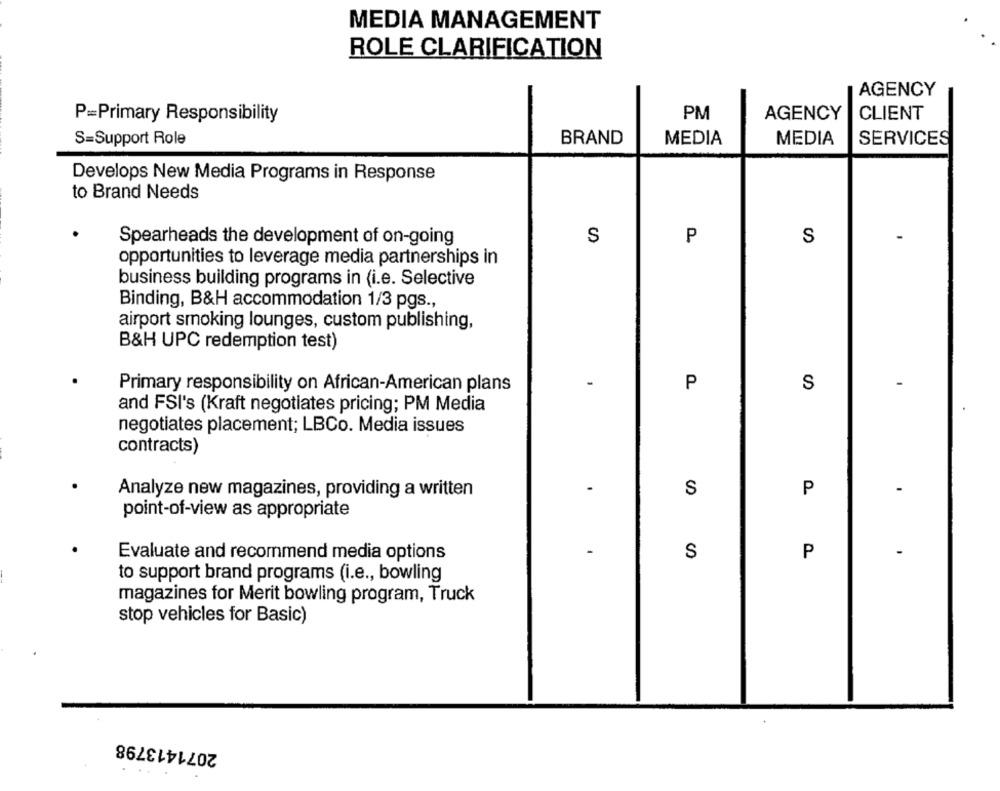
MEDIA MANAGEMENT
ROLE CLARIFICATION
AGENCY
P=Primary Responsibility
PM
AGENCY
CLIENT
S=Support Role
BRAND
MEDIA
MEDIA
SERVICES
Develops New Media Programs in Response
to Brand Needs
Spearheads the development of on-going
S
P
S
opportunities to leverage media partnerships in
business building programs in (i.e. Selective
Binding, B&H accommodation 1/3 pgs .,
airport smoking lounges, custom publishing,
B&H UPC redemption test)
Primary responsibility on African-American plans
P
S
and FSI's (Kraft negotiates pricing; PM Media
negotiates placement; LBCo. Media issues
contracts)
S
P
-
Analyze new magazines, providing a written
point-of-view as appropriate
S
P
Evaluate and recommend media options
to support brand programs (i.e ., bowling
magazines for Merit bowling program, Truck
stop vehicles for Basic)
2071413798